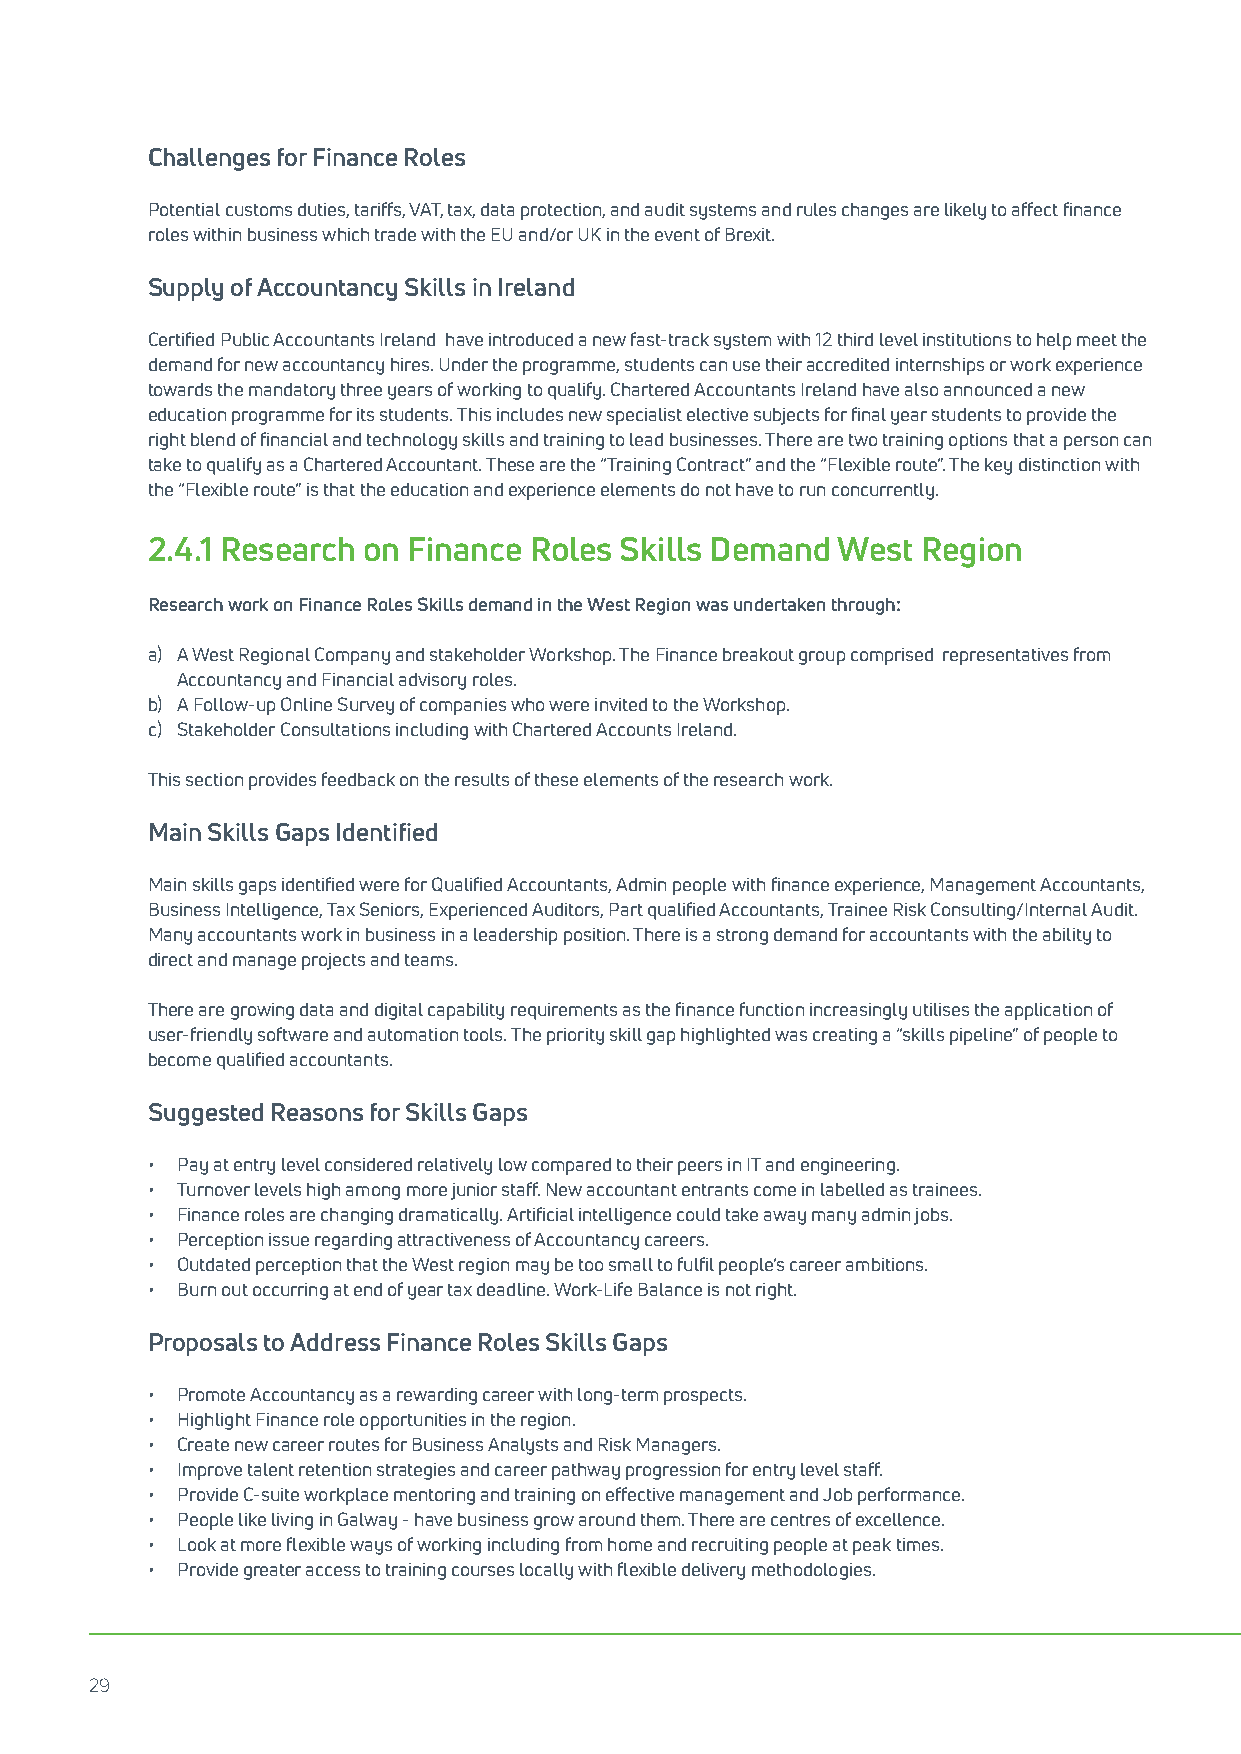
Challenges for Finance Roles
 Potential customs duties, tariffs, VAT, tax, data protection, and audit systems and rules changes are likely to affect finance
 roles within business which trade with the EU and/or UK in the event of Brexit.
 Supply of Accountancy Skills in Ireland
 Certified Public Accountants Ireland have introduced a new fast-track system with 12 third level institutions to help meet the
 demand for new accountancy hires. Under the programme, students can use their accredited internships or work experience
 towards the mandatory three years of working to qualify. Chartered Accountants Ireland have also announced a new
 education programme for its students. This includes new specialist elective subjects for final year students to provide the
 right blend of financial and technology skills and training to lead businesses. There are two training options that a person can
 take to qualify as a Chartered Accountant. These are the “Training Contract” and the “Flexible route”. The key distinction with
 the “Flexible route” is that the education and experience elements do not have to run concurrently.
 2.4.1 Research on Finance Roles Skills Demand West Region
 Research work on Finance Roles Skills demand in the West Region was undertaken through:
 a) A West Regional Company and stakeholder Workshop. The Finance breakout group comprised representatives from
 Accountancy and Financial advisory roles.
 b) A Follow-up Online Survey of companies who were invited to the Workshop.
 c) Stakeholder Consultations including with Chartered Accounts Ireland.
 This section provides feedback on the results of these elements of the research work.
 Main Skills Gaps Identified
 Main skills gaps identified were for Qualified Accountants, Admin people with finance experience, Management Accountants,
 Business Intelligence, Tax Seniors, Experienced Auditors, Part qualified Accountants, Trainee Risk Consulting/Internal Audit.
 Many accountants work in business in a leadership position. There is a strong demand for accountants with the ability to
 direct and manage projects and teams.
 There are growing data and digital capability requirements as the finance function increasingly utilises the application of
 user-friendly software and automation tools. The priority skill gap highlighted was creating a “skills pipeline” of people to
 become qualified accountants.
 Suggested Reasons for Skills Gaps
 • Pay at entry level considered relatively low compared to their peers in IT and engineering.
 • Turnover levels high among more junior staff. New accountant entrants come in labelled as trainees.
 • Finance roles are changing dramatically. Artificial intelligence could take away many admin jobs.
 • Perception issue regarding attractiveness of Accountancy careers.
 • Outdated perception that the West region may be too small to fulfil people’s career ambitions.
 • Burn out occurring at end of year tax deadline. Work-Life Balance is not right.
 Proposals to Address Finance Roles Skills Gaps
 • Promote Accountancy as a rewarding career with long-term prospects.
 • Highlight Finance role opportunities in the region.
 • Create new career routes for Business Analysts and Risk Managers.
 • Improve talent retention strategies and career pathway progression for entry level staff.
 • Provide C-suite workplace mentoring and training on effective management and Job performance.
 • People like living in Galway - have business grow around them. There are centres of excellence.
 • Look at more flexible ways of working including from home and recruiting people at peak times.
 • Provide greater access to training courses locally with flexible delivery methodologies.
 29